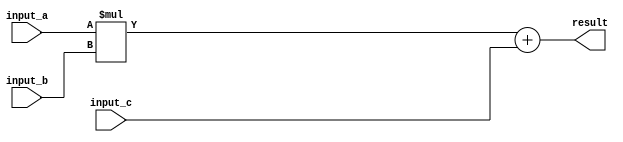
module fma_fpu (
    input wire [31:0] input_a,
    input wire [31:0] input_b,
    input wire [31:0] input_c,
    output reg [31:0] result
);

reg [31:0] intermediate_result;

// Multiplication operation
assign intermediate_result = input_a * input_b;

// Addition operation
always @(*) begin
    result = intermediate_result + input_c;
end

endmodule